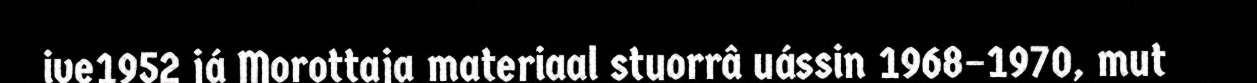
ive1952 já Morottaja materiaal stuorrâ uássin 1968–1970, mut